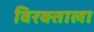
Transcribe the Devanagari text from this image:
विरक्ताला